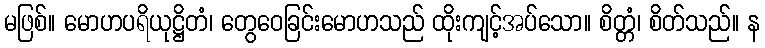
မဖြစ်။ မောဟပရိယုဋ္ဌိတံ၊ တွေဝေခြင်းမောဟသည် ထိုးကျင့်အပ်သော။ စိတ္တံ၊ စိတ်သည်။ န